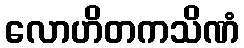
လောဟိတကသိဏံ